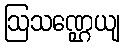
ဩသဏ္ဌေယျ